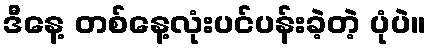
ဒီနေ့ တစ်နေ့လုံးပင်ပန်းခဲ့တဲ့ ပုံပဲ။